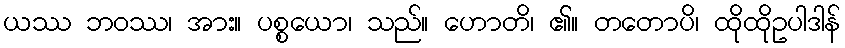
ယဿ ဘဝဿ၊ အား။ ပစ္စယော၊ သည်။ ဟောတိ၊ ၏။ တတောပိ၊ ထိုထိုဥပါဒါန်